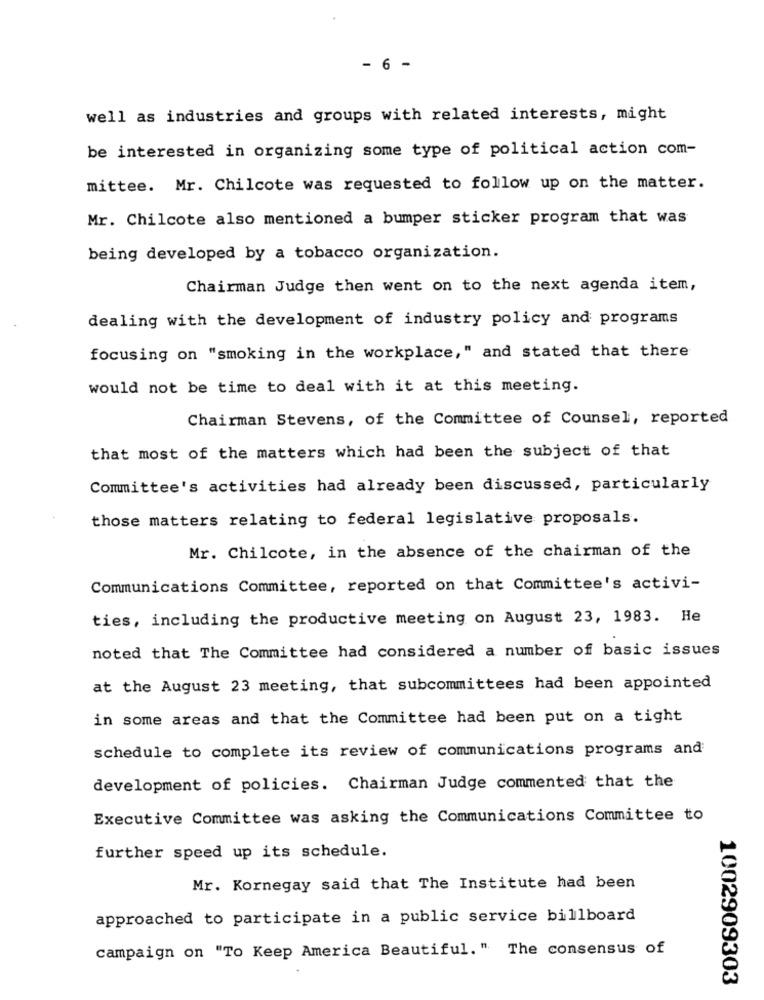
- 6 -
well as industries and groups with related interests, might
be interested in organizing some type of political action com-
mittee. Mr. Chilcote was requested to follow up on the matter.
Mr. Chilcote also mentioned a bumper sticker program that was
being developed by a tobacco organization.
Chairman Judge then went on to the next agenda item,
dealing with the development of industry policy and programs
focusing on "smoking in the workplace," and stated that there
would not be time to deal with it at this meeting.
Chairman Stevens, of the Committee of Counsel, reported
that most of the matters which had been the subject of that
Committee's activities had already been discussed, particularly
those matters relating to federal legislative proposals.
Mr. Chilcote, in the absence of the chairman of the
Communications Committee, reported on that Committee's activi-
ties, including the productive meeting on August 23, 1983. He
noted that The Committee had considered a number of basic issues
at the August 23 meeting, that subcommittees had been appointed
in some areas and that the Committee had been put on a tight
schedule to complete its review of communications programs and
development of policies. Chairman Judge commented that the
Executive Committee was asking the Communications Committee to
further speed up its schedule.
Mr. Kornegay said that The Institute had been
approached to participate in a public service billboard
campaign on "To Keep America Beautiful." The consensus of
1002909303